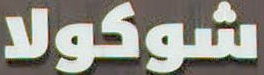
شوكولا